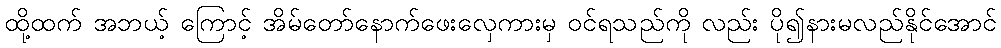
ထို့ထက် အဘယ့် ကြောင့် အိမ်တော်နောက်ဖေးလှေကားမှ ဝင်ရသည်ကို လည်း ပို၍နားမလည်နိုင်အောင်